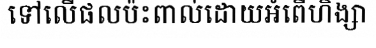
ទៅលើផលប៉ះពាល់ដោយអំពើហិង្សា